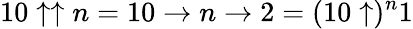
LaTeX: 10\uparrow\uparrow n=10\to n\to 2=(10\uparrow)^{n}1